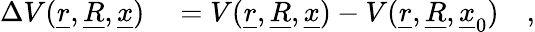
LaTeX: \begin{array}{rl}{\Delta V(\underline{{r}},\underline{{R}},\underline{{x}})}&{{}=V(\underline{{r}},\underline{{R}},\underline{{x}})-V(\underline{{r}},\underline{{R}},\underline{{x}}_{0})\quad,}\end{array}